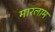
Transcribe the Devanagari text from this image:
मारलाम